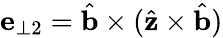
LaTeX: \mathbf{e}_{\perp 2}=\hat{\mathbf{b}}\times(\hat{\mathbf{z}}\times\hat{\mathbf{b}})